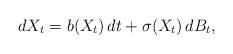
LaTeX: \begin{align*} dX_t= b(X_t)\, dt + \sigma(X_t)\, dB_t,\end{align*}